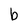
Character: b